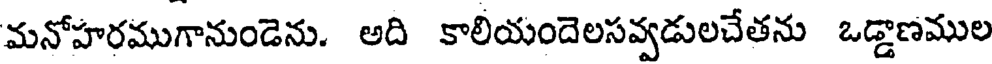
మనోహరముగానుండెను. అది కాలియందెలసవ్వడులచేతను ఒడ్డాణముల